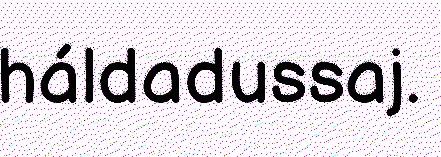
háldadussaj.